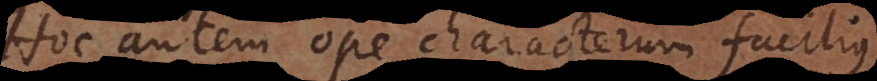
Hoc autem ope characterum facilius